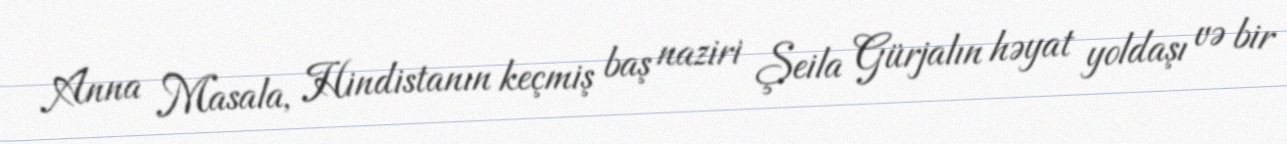
Anna Masala, Hindistanın keçmiş baş naziri Şeila Gürjalın həyat yoldaşı və bir